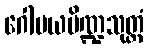
ဂေါမယပိဏ္ဍသုတ္တံ